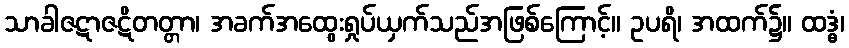
သာခါဇဋာဇဋိတတ္တာ၊ အခက်အထွေးရှုပ်ယှက်သည်အဖြစ်ကြောင့်။ ဥပရိ၊ အထက်၌။ ထဒ္ဓံ၊